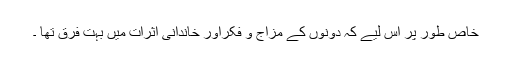
خاص طور پر اس لیے کہ دونوں کے مزاج و فکراور خاندانی اثرات میں بہت فرق تھا ۔